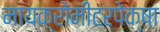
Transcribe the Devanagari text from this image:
मायक्रोमीटरपेक्षा